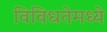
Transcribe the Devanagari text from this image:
विविधतेमध्ये